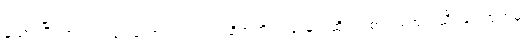
မူထားပြီး အကျယ်ချဲ့ ဟောရပါတယ်၊ ထိုအတိုင်း ချဲ့မယ်ဆိုရင် စာတစ်အုပ် သီးခြားထုတ်မှ